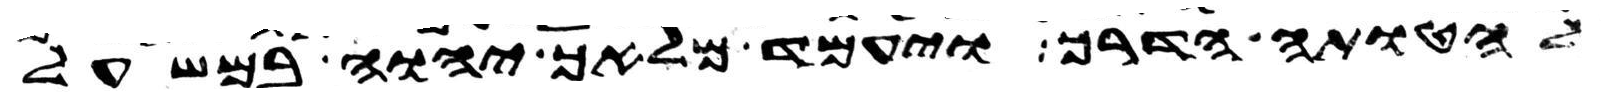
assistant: להטותה הדרך ויעמד מלאך יהוה במשעל